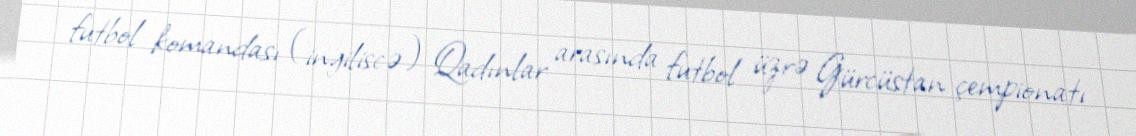
futbol komandası (ingiliscə) Qadınlar arasında futbol üzrə Gürcüstan çempionatı